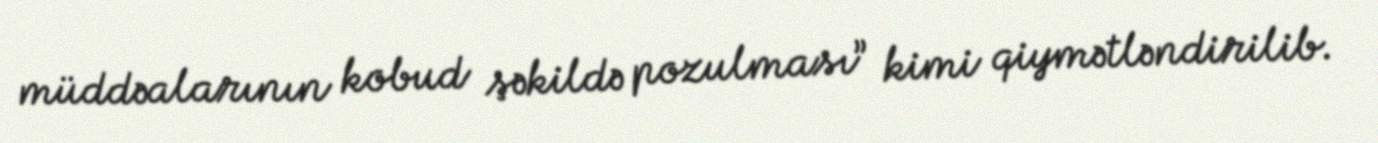
müddəalarının kobud şəkildə pozulması” kimi qiymətləndirilib.